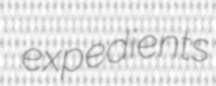
expedients